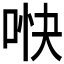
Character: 𫪎